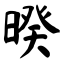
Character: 暌